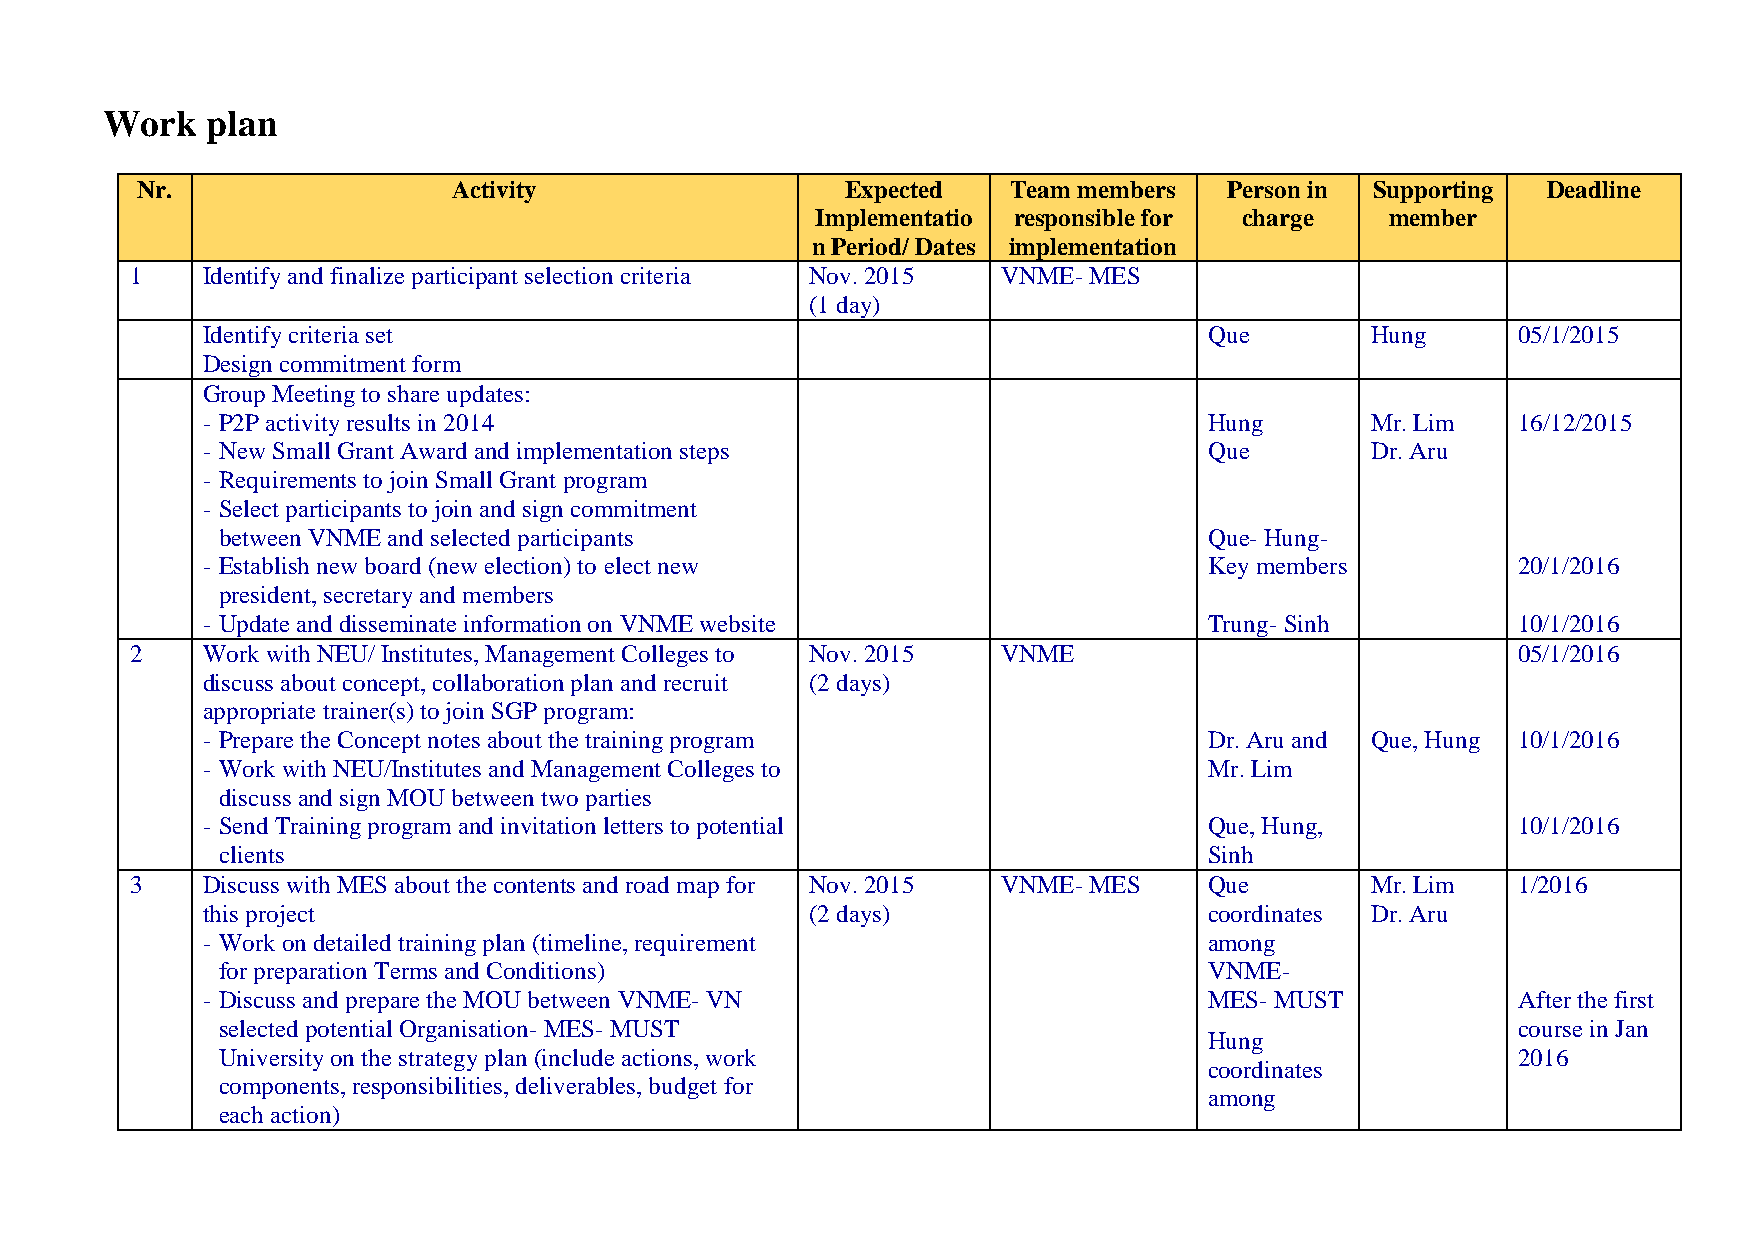
Work   plan
 Nr.                  Activity                  Expected   Team members  Person in Supporting Deadline
 Implementatio responsible for charge  member
 n Period/ Dates implementation
 1   Identify and finalize participant selection criteria Nov. 2015 VNME- MES
 (1 day)
 Identify criteria set                                              Que        Hung     05/1/2015
 Design commitment form
 Group Meeting to share updates:
 - P2P activity results in 2014                                     Hung       Mr. Lim  16/12/2015
 - New Small Grant Award and implementation steps                   Que        Dr. Aru
 - Requirements to join Small Grant program
 - Select participants to join and sign commitment
 between VNME and selected participants                           Que- Hung-
 - Establish new board (new election) to elect new                  Key members         20/1/2016
 president, secretary and members
 - Update and disseminate information on VNME website               Trung- Sinh         10/1/2016
 2   Work with NEU/ Institutes, Management Colleges to Nov. 2015 VNME                       05/1/2016
 discuss about concept, collaboration plan and recruit (2 days)
 appropriate trainer(s) to join SGP program:
 - Prepare the Concept notes about the training program             Dr. Aru and Que, Hung 10/1/2016
 - Work with NEU/Institutes and Management Colleges to              Mr. Lim
 discuss and sign MOU between two parties
 - Send Training program and invitation letters to potential        Que, Hung,          10/1/2016
 clients                                                          Sinh
 3   Discuss with MES about the contents and road map for Nov. 2015 VNME- MES Que  Mr. Lim  1/2016
 this project                             (2 days)                  coordinates Dr. Aru
 - Work on detailed training plan (timeline, requirement            among
 for preparation Terms and Conditions)                            VNME-
 - Discuss and prepare the MOU between VNME- VN                     MES- MUST           After the first
 selected potential Organisation- MES- MUST                                           course in Jan
 Hung
 University on the strategy plan (include actions, work                               2016
 coordinates
 components, responsibilities, deliverables, budget for
 among
 each action)